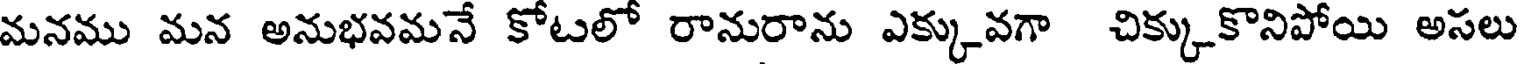
మనము మన అనుభవమనే కోటలో రానురాను ఎక్కువగా చిక్కుకొనిపోయి అసలు